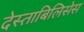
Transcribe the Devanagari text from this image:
देस्ताबिलिसेस